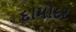
દામોદર